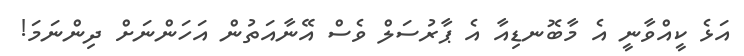
އަޅެ ކީއްވާނީ އެ މާބޮނޑިއާ އެ ޕާރުސަލް ވެސް އޭނާއަތުން އަހަންނަށް ދިންނަމަ!